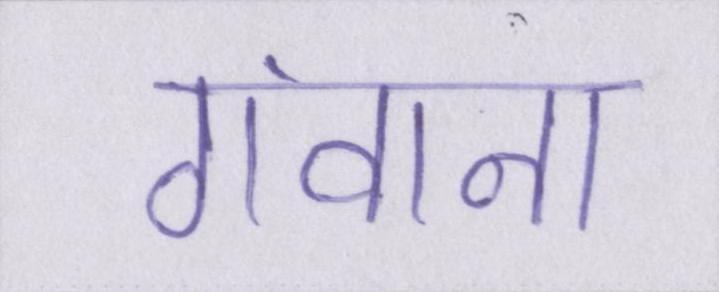
गंवाना